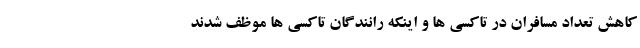
کاهش تعداد مسافران در تاکسی ها و اینکه رانندگان تاکسی ها موظف شدند